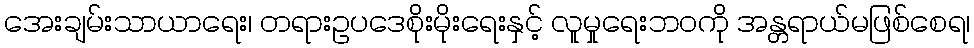
အေးချမ်းသာယာရေး၊ တရားဥပဒေစိုးမိုးရေးနှင့် လူမှုရေးဘဝကို အန္တရာယ်မဖြစ်စေရ၊